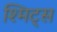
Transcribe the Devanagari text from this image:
श्मिट्स